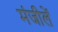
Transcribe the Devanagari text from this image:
मंजीलें